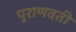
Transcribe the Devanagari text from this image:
पुराणवती